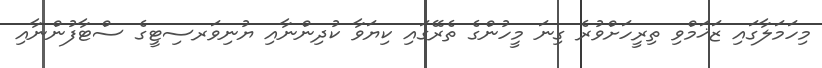
މިހަމަލާގައި ޒަޚަމްވި ތިރީހަށްވުރެ ގިނަ މީހުންގެ ތެރޭގައި ކިޔަވާ ކުދިންނާއި ޔުނިވަރސިޓީގެ ސްޓާފުންނާއި